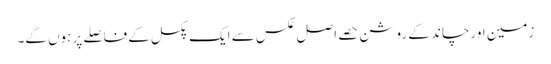
زمین اور چاند کے روشن حصے اصل عکس سے ایک پکسل کے فاصلے پر ہوں گے۔